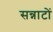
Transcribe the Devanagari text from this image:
सन्नाटों